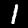
Label: 1